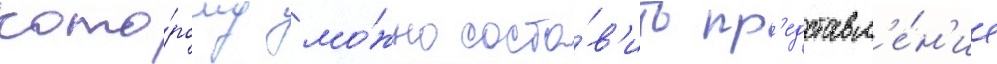
кото́рому мо́жно соста́в'ить пр'едставл'е́н'ие